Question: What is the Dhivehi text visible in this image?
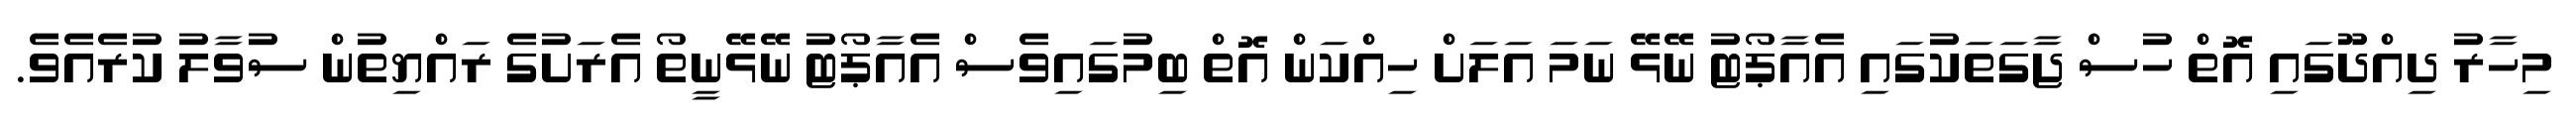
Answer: މިހާރު ދިއްދޫގައި އޮތް ހުސް ޖާގަތަކުގައި އެއާޕޯޓު ނޭޅޭ ނަމަ އަލަށް ހިއްކަން އޮތް ބިމުގައިވެސް އެއާޕޯޓު ނޭޅޭނީތޯ އެރަށުގެ ރައްޔިތުން ސުވާލު ކުރެއެވެ.